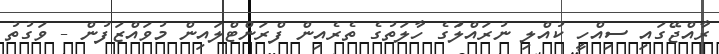
ރާއްޖޭގައި ސިއްހީ ކުއްލި ނުރައްލަުގެ ހާލަތުގެ ތެރެއިން ފްރަންޓްލައިން މުވައްޒަފުން - ވަގުތު